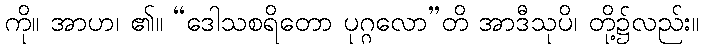
ကို။ အာဟ၊ ၏။ “ဒေါသစရိတော ပုဂ္ဂလော”တိ အာဒီသုပိ၊ တို့၌လည်း။